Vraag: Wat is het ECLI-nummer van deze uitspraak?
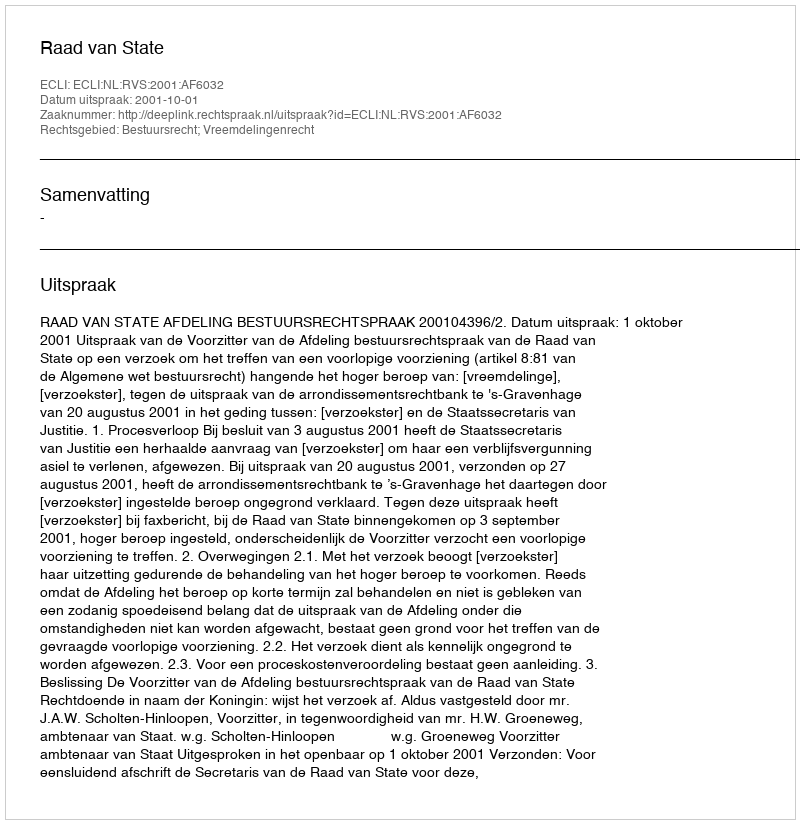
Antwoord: ECLI:NL:RVS:2001:AF6032